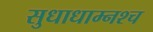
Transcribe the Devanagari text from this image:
सुधाधाम्नश्च